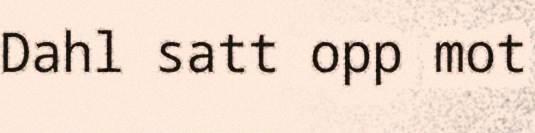
Dahl satt opp mot